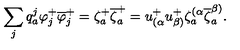
\sum _ { j } q _ { a } ^ { j } \varphi _ { j } ^ { + } \overline { { \varphi } } _ { j } ^ { + } = \zeta _ { a } ^ { + } \overline { { \zeta } } _ { a } ^ { + } = u _ { ( \alpha } ^ { + } u _ { \beta ) } ^ { + } \zeta _ { a } ^ { ( \alpha } \overline { { \zeta } } _ { a } ^ { \beta ) } .